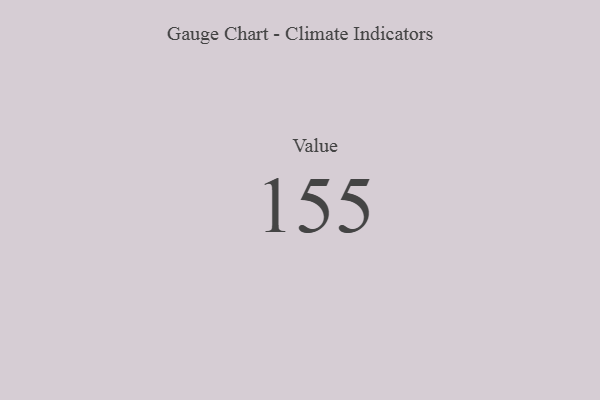
{"axis": {"x": "Metric", "y": "Value"}, "legend": [""], "data": [{"x": "Value", "y": 155, "type": ""}]}